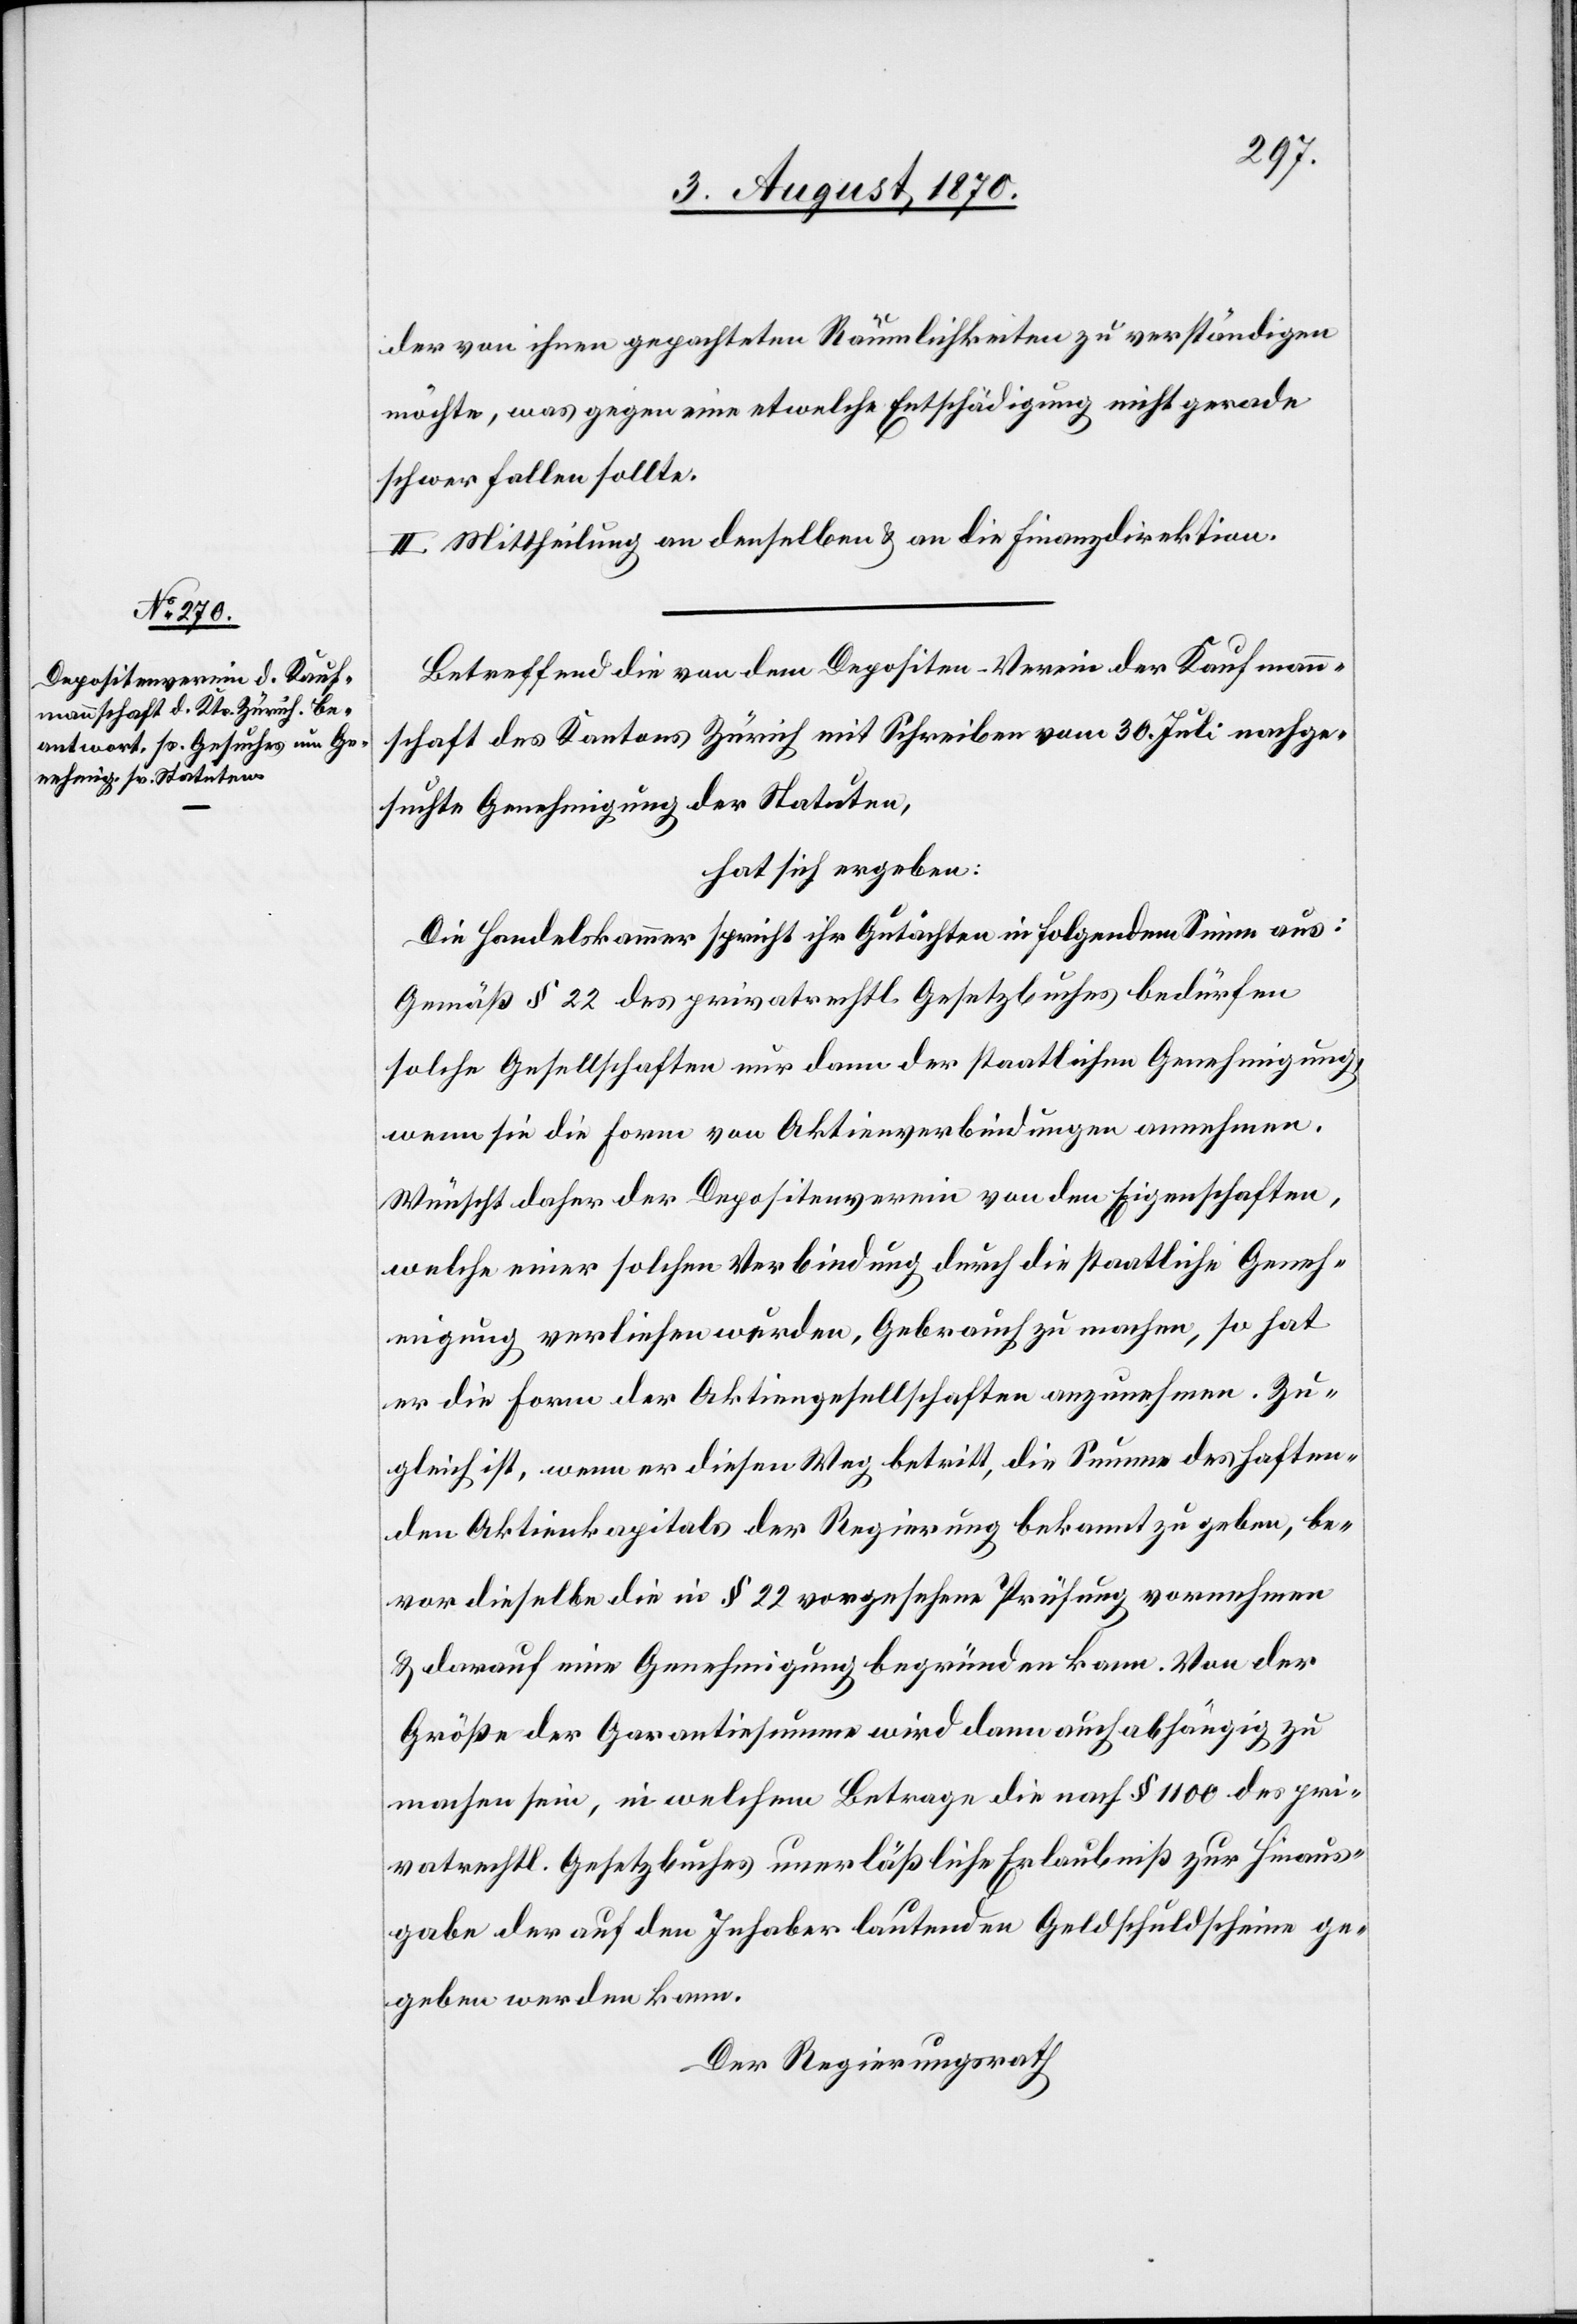
der von ihnen gepachteten Räumlichkeiten zu verständigen
möchte [sic!], was gegen eine etwelche Entschädigung nicht gerade
schwer fallen sollte.
II. Mittheilung an denselben & an die Finanzdirektion.
Betreffend die von dem Depositen-Verein der Kaufmann¬
schaft des Kantons Zürich mit Schreiben vom 30. Juli nachge¬
suchte Genehmigung der Statuten,
hat sich ergeben:
Die Handelskammer spricht ihr Gutachten in folgendem Sine aus:
Gemäß § 22 des privatrechtl. Gesetzbuches bedürfen
solche Gesellschaften nur dann der staatlichen Genehmigung,
wenn sie die Form von Aktienverbindungen annehmen.
Wünscht daher der Depositenverein von den Eigenschaften,
welche einer solchen Verbindung durch die staatliche Geneh¬
migung verliehen werden, Gebrauch zu machen, so hat
er die Form der Aktiengesellschaften anzunehmen. Zu¬
gleich ist, wenn er diesen Weg betritt, die Summe des haften¬
den Aktienkapitals der Regierung bekannt zu geben, be¬
vor dieselbe die in § 22 vorgesehene Prüfung vornehmen
& darauf eine Genehmigung begründen kann. von der
Größe der Garantiesumme wird dann auch abhängig zu
machen sein, in welchem Betrage die nach § 1100 des pri¬
vatrechtl. Gesetzbuches unerläßliche Erlaubniß zur Hinaus¬
gabe der auf den Inhaber lautenden Geldschuldscheine ge¬
geben werden kann.
Der Regierungsrath